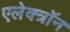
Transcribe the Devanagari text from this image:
एलेक्त्रॉन